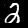
Label: 2